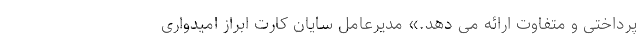
پرداختی و متفاوت ارائه می دهد.» مدیرعامل سایان کارت ابراز امیدواری